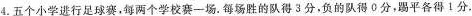
4.五个小学进行足球赛，每两个学校赛一场.每场胜的队得3分，负的队得0分，踢平各得1分.